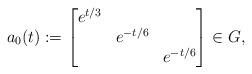
LaTeX: \begin{align*} a_0(t) := \begin{bmatrix} e^{t/3} & & \\ & e^{-t/6} & \\ & & e^{-t/6} \end{bmatrix} \in G,\end{align*}